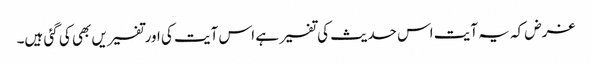
غرض کہ یہ آیت اس حدیث کی تفسیر ہے اس آیت کی اورتفسیریں بھی کی گئی ہیں۔